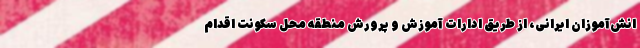
انش‌آموزان ایرانی، از طریق ادارات آموزش و پرورش منطقه محل سکونت اقدام